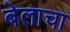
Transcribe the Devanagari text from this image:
बेलाचा